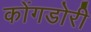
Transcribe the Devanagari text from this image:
कोंगडोरी